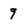
Character: 9